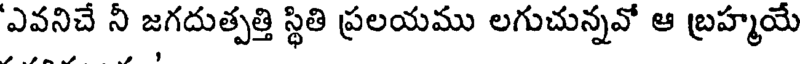
ఎవనిచే ని జగదుత్పత్తి స్థితి ప్రలయము లగుచున్నవో ఆ బ్రహ్మయే